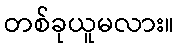
တစ်ခုယူမလား။